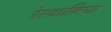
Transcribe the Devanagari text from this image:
ऐस्कानिया